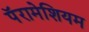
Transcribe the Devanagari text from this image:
पॅरामेशियम